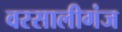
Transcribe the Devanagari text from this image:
वरसालीगंज